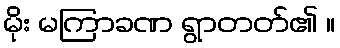
မိုး မကြာခဏ ရွာတတ်၏ ။